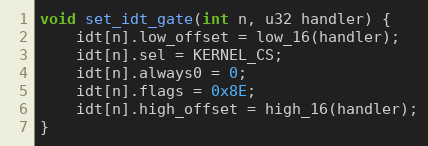
Language: C
void set_idt_gate(int n, u32 handler) {
    idt[n].low_offset = low_16(handler);
    idt[n].sel = KERNEL_CS;
    idt[n].always0 = 0;
    idt[n].flags = 0x8E;
    idt[n].high_offset = high_16(handler);
}